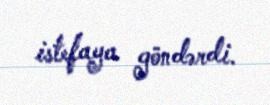
istefaya göndərdi.